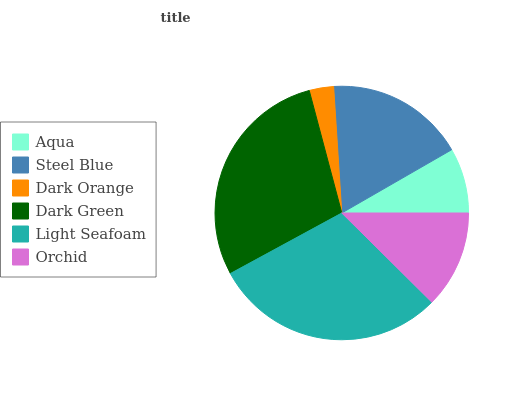
| Aqua | Steel Blue | Dark Orange | Dark Green | Light Seafoam | Orchid |
 | --- | --- | --- | --- | --- | --- |
 | 8.31% | 17.7% | 3.11% | 28.8% | 29.6% | 12.4% |